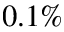
0 . 1 \%